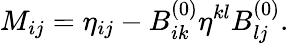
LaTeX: M_{ij}=\eta_{ij}-B_{ik}^{(0)}\eta^{kl}B_{lj}^{(0)}.